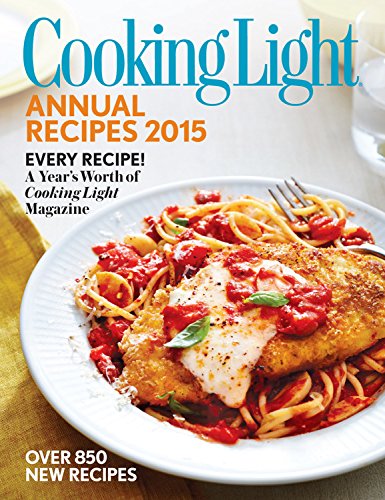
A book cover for Cooking Light Annual Recipes 2015: Every Recipe! A YearEEs Worth of Cooking Light Magazine; Editors of Cooking Light Magazine; Cookbooks, Food & Wine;